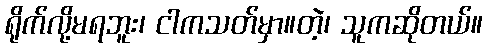
ရိုက်လို့မရဘူး၊ ငါကသတ်မှာ။တဲ့၊ သူကဆိုတယ်။